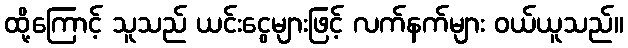
ထို့ကြောင့် သူသည် ယင်းငွေများဖြင့် လက်နက်များ ဝယ်ယူသည်။